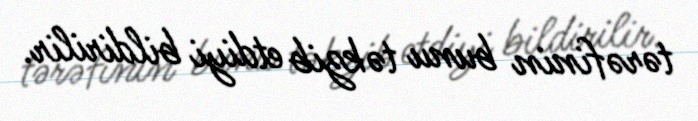
tərəfinin bunu təkzib etdiyi bildirilir.